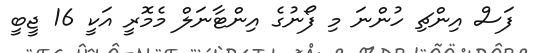
ފަސް އިންޗި ހުންނަ މި ފޯނުގެ އިންޓާނަލް މެމޮރީ އަކީ 16 ޖީބީ